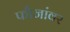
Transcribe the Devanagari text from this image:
फौजांवर